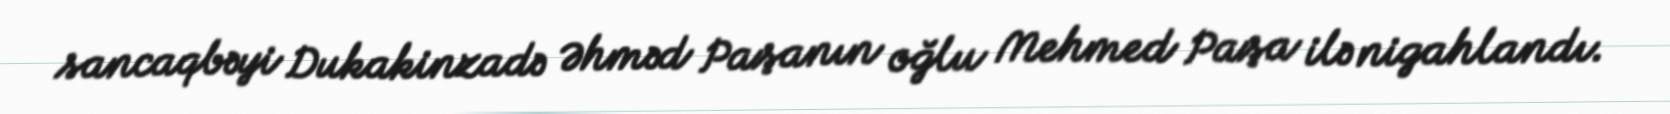
sancaqbəyi Dukakinzadə Əhməd Paşanın oğlu Mehmed Paşa ilə nigahlandı.